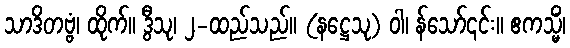
သာဒိတဗ္ဗံ၊ ထိုက်။ ဒွီသု၊ ၂-ထည်သည်။ (နဋ္ဌေသု) ဝါ၊ န်သော်၎င်း။ ဧကသ္မိံ၊